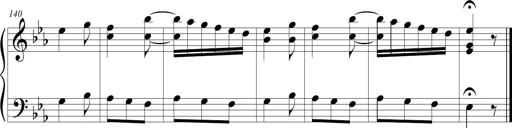
Title: Tiny Tina
Composer: Michel Rondeau
Key: E-flat major